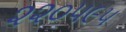
૨૨૦૫૯૫